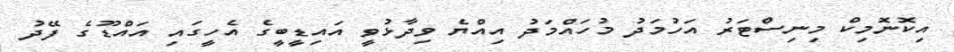
އިކޮނޮމިކް މިނިސްޓަރު އަހުމަދު މުހައްމަދު އިއްޔެ ވިދާޅުވީ އައިޑީބީގެ އެހީގައި އައްޑޫގެ ފޭދު